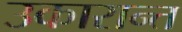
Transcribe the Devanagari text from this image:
उकारान्त